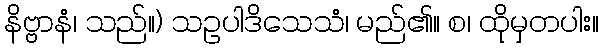
နိဗ္ဗာနံ၊ သည်။) သဥပါဒိသေသံ၊ မည်၏။ စ၊ ထိုမှတပါး။